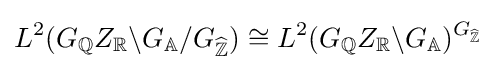
L^{2}(G_{\mathbb {Q} }Z_{\mathbb {R} }\backslash G_{\mathbb {A} }/G_{\widehat {\mathbb {Z} }})\cong L^{2}(G_{\mathbb {Q} }Z_{\mathbb {R} }\backslash G_{\mathbb {A} })^{G_{\widehat {\mathbb {Z} }}}